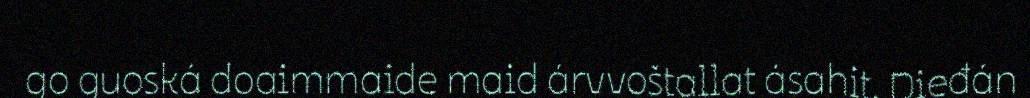
go guoská doaimmaide maid árvvoštallat ásahit. Dieđán